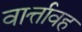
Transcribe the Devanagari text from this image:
वार्त्तावह